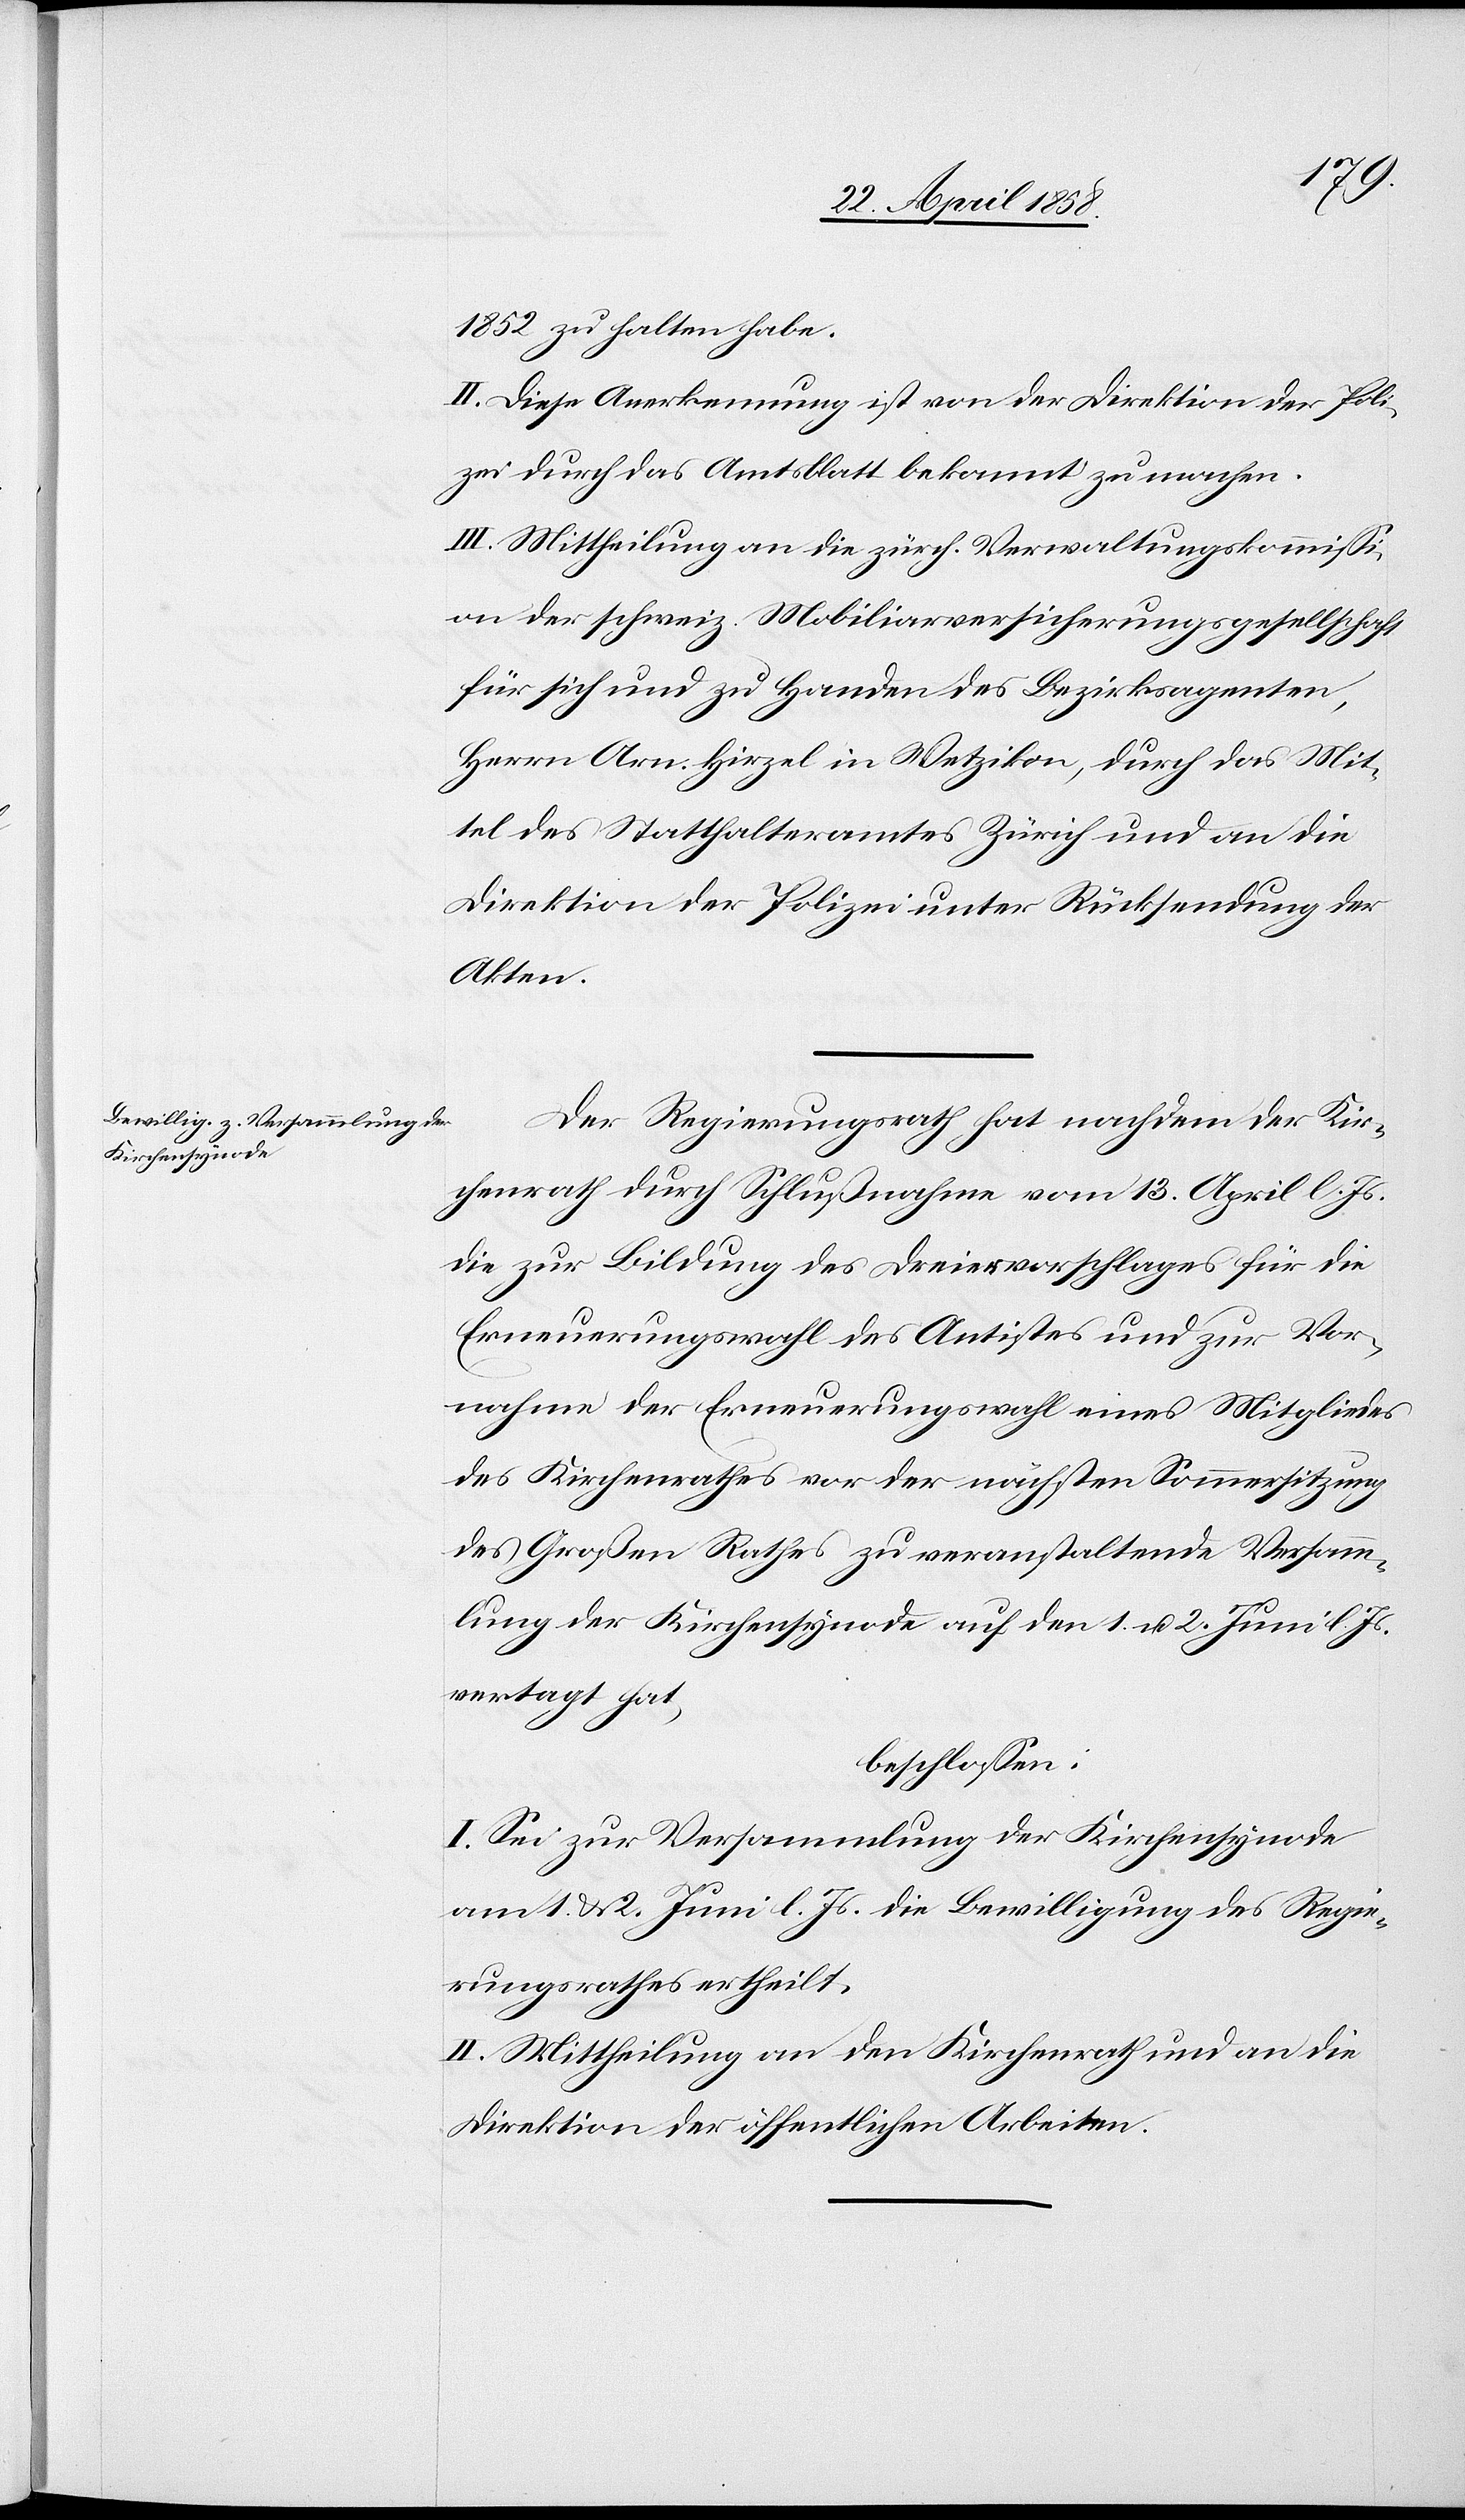
1852 zu halten habe.
II. Diese Anerkennung ist von der Direktion der Poli¬
zei durch das Amtsblatt bekannt zu machen.
III. Mittheilung an die zürch. Verwaltungskommissi¬
on der schweiz. Mobiliarversicherungsgesellschaft
für sich und zu Handen des Bezirksagenten,
Herrn Arn. Hirzel in Wetzikon, durch das Mit¬
tel des Statthalteramtes Zürich und an die
Direktion der Polizei unter Rücksendung der
Akten.
Der Regierungsrath hat[,] nachdem der Kir¬
chenrath durch Schlußnahme vom 13. April l. Js.
die zur Bildung des Dreiervorschlages für die
Erneuerungswahl des Antistes und zur Vor¬
nahme der Erneuerungswahlen eines Mitgliedes
des Kirchenrathes vor der nächsten Sommersitzung
des Großen Rathes zu veranstaltende Versamm¬
lung der Kirchensynode auf den 1. u. 2. Juni l. Js.
vertagt[,] hat
beschlossen:
I. Sei zur Versammlung der Kirchensynode
am 1. & 2. Juni l. Js. die Bewilligung des Regie¬
rungsrathes ertheilt.
II. Mittheilung an den Kirchenrath und an die
Direktion der öffentlichen Arbeiten.